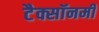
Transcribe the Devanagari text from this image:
टैक्सॉनमी